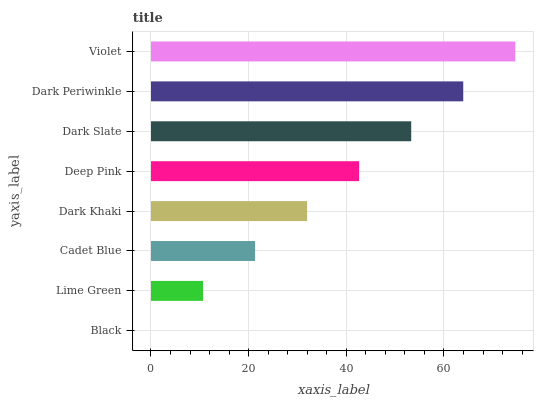
| yaxis_label | bars |
 | --- | --- |
 | Black | 0 |
 | Lime Green | 10.7 |
 | Cadet Blue | 21.3 |
 | Dark Khaki | 32 |
 | Deep Pink | 42.6 |
 | Dark Slate | 53.3 |
 | Dark Periwinkle | 64 |
 | Violet | 74.6 |